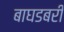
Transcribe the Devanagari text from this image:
बाघडबरी